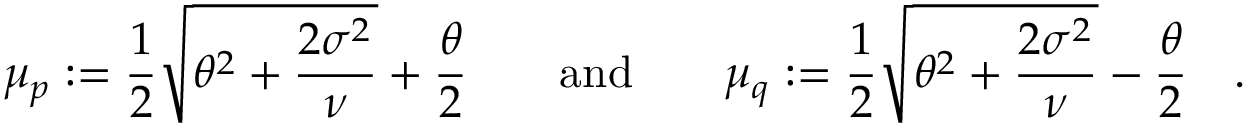
\mu _ { p } : = { \frac { 1 } { 2 } } { \sqrt { \theta ^ { 2 } + { \frac { 2 \sigma ^ { 2 } } { \nu } } } } + { \frac { \theta } { 2 } } \quad \quad { \mathrm { a n d } } \quad \quad \mu _ { q } : = { \frac { 1 } { 2 } } { \sqrt { \theta ^ { 2 } + { \frac { 2 \sigma ^ { 2 } } { \nu } } } } - { \frac { \theta } { 2 } } \quad .